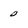
Character: 0